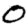
Digit: 0